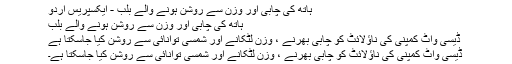
ہاتھ کی چابی اور وزن سے روشن ہونے والے بلب - ایکسپریس اردو
ہاتھ کی چابی اور وزن سے روشن ہونے والے بلب
ڈیسی واٹ کمپنی کی ناؤلائٹ کو چابی بھرنے ، وزن لٹکانے اور شمسی توانائی سے روشن کیا جاسکتا ہے
ڈیسی واٹ کمپنی کی ناؤلائٹ کو چابی بھرنے ، وزن لٹکانے اور شمسی توانائی سے روشن کیا جاسکتا ہے۔